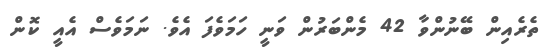
ތެރެއިން ބޭނުންވާ 42 މެންބަރުން ވަނީ ހަމަވެފަ އެވެ. ނަމަވެސް އެއީ ކޮން